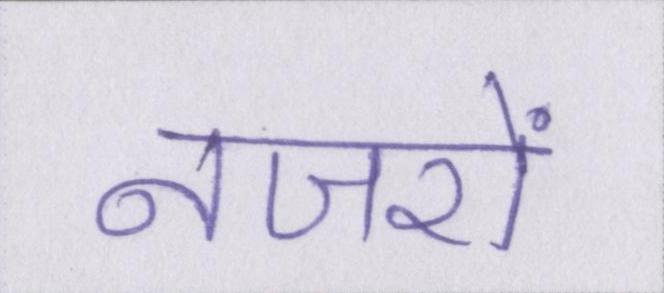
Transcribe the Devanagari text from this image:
नजरों